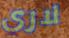
لاري